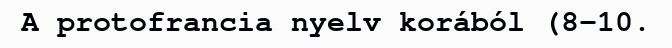
A protofrancia nyelv korából (8–10.